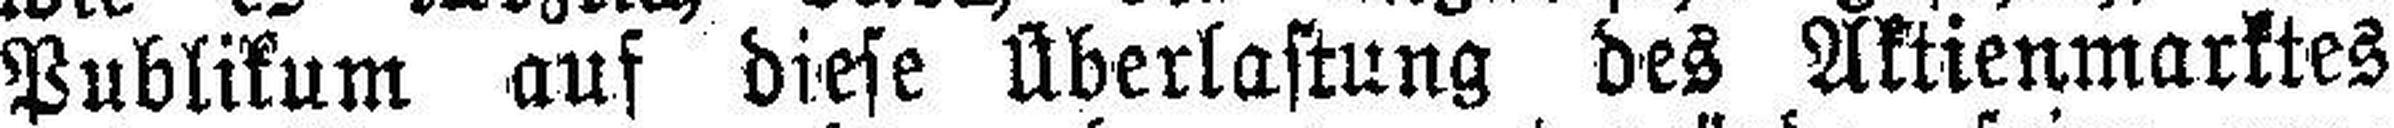
Publikum auf diese Überlastung des Aktienmarktes